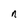
Character: n